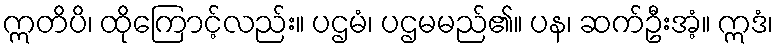
ဣတိပိ၊ ထိုကြောင့်လည်း။ ပဌမံ၊ ပဌမမည်၏။ ပန၊ ဆက်ဦးအံ့။ ဣဒံ၊